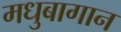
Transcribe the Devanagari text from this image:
मधुबागान